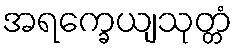
အရက္ခေယျသုတ္တံ